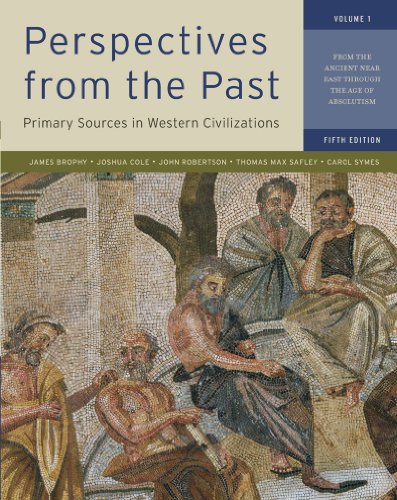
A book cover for Perspectives from the Past, Vol. 1, 5th Edition: Primary Sources in Western Civilizations - From the Ancient Near East through the Age of Absolutism; James M. Brophy; History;